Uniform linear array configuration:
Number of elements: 48
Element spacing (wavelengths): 1
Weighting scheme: uniform
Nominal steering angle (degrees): -30
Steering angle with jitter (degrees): -29.327
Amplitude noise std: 0.05
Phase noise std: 0.05

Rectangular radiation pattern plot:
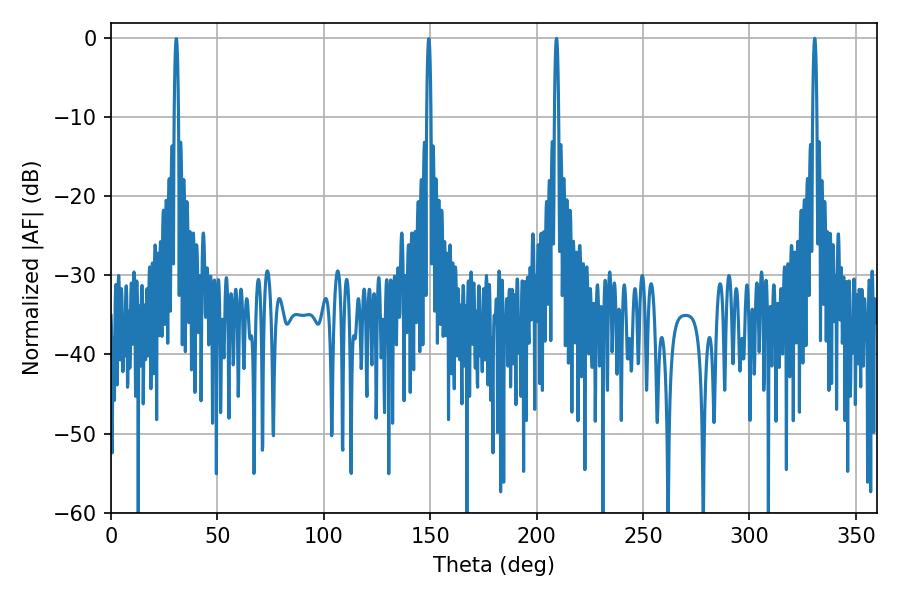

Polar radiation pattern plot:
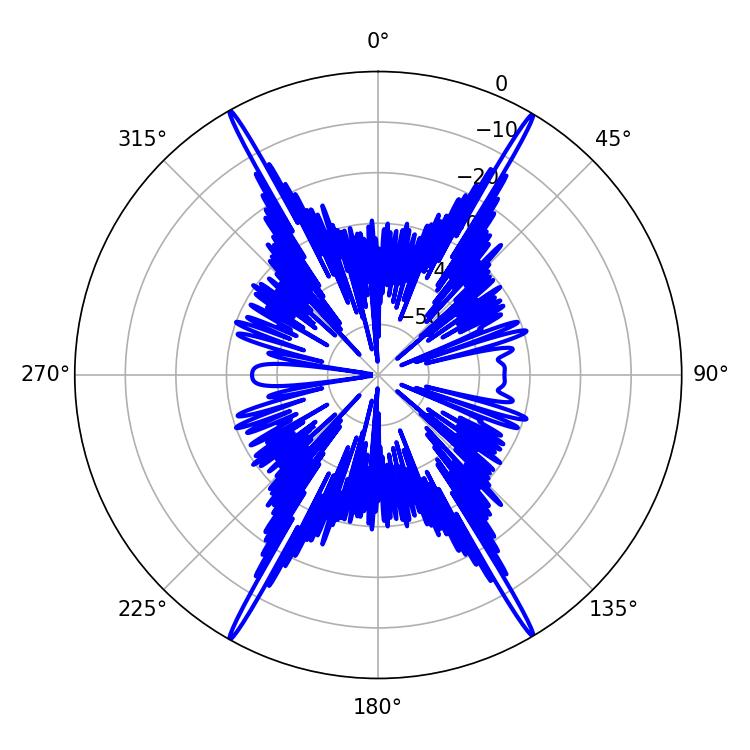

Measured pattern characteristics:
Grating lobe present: TRUE
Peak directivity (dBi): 31.589
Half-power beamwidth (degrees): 1.08
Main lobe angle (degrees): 330.66